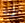
راينا